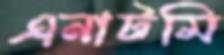
এনাটমি